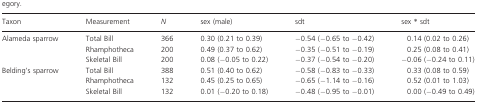
| Taxon | Measurement | N | sex (male) | sdt | sex * sdt |
 | --- | --- | --- | --- | --- | --- |
 | Alameda sparrow | Total Bill | 366 | 0.30 (0.21 to 0.39) | −0.54 (−0.65 to −0.42) | 0.14 (0.02 to 0.26) |
 |  | Rhamphotheca | 200 | 0.49 (0.37 to 0.62) | −0.35 (−0.51 to −0.19) | 0.25 (0.08 to 0.41) |
 |  | Skeletal Bill | 200 | 0.08 (−0.05 to 0.22) | −0.37 (−0.54 to −0.20) | −0.06 (−0.24 to 0.11) |
 | Belding's sparrow | Total Bill | 388 | 0.51 (0.40 to 0.62) | −0.58 (−0.83 to −0.33) | 0.33 (0.08 to 0.59) |
 |  | Rhamphotheca | 132 | 0.45 (0.25 to 0.65) | −0.65 (−1.14 to −0.16) | 0.52 (0.01 to 1.03) |
 |  | Skeletal Bill | 132 | 0.01 (−0.20 to 0.18) | −0.48 (−0.95 to −0.01) | 0.00 (−0.49 to 0.49) |